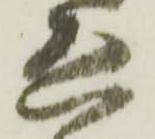
恐